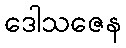
ဒေါသဇေန